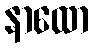
နာထော